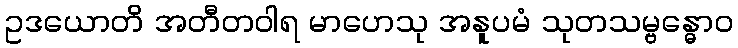
ဥဒယောတိ အတီတဝါရ မာဟေသု အနူပမံ သုတသမ္ဗန္ဓောဝ